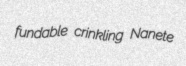
fundable crinkling Nanete